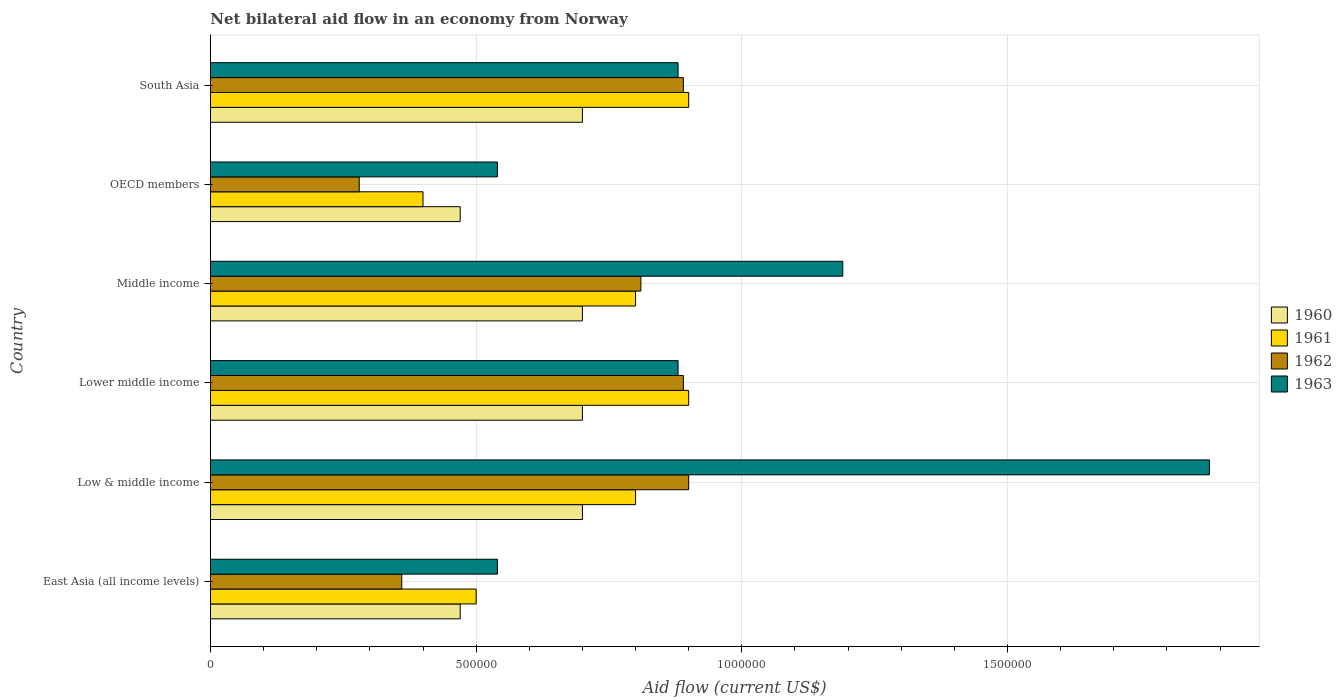
| Country | 1960 | 1961 | 1962 | 1963 |
 | --- | --- | --- | --- | --- |
 | East Asia (all income levels) | 4.7e+05 | 5e+05 | 3.6e+05 | 5.4e+05 |
 | Low & middle income | 7e+05 | 8e+05 | 9e+05 | 1.88e+06 |
 | Lower middle income | 7e+05 | 9e+05 | 8.9e+05 | 8.8e+05 |
 | Middle income | 7e+05 | 8e+05 | 8.1e+05 | 1.19e+06 |
 | OECD members | 4.7e+05 | 4e+05 | 2.8e+05 | 5.4e+05 |
 | South Asia | 7e+05 | 9e+05 | 8.9e+05 | 8.8e+05 |